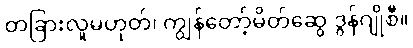
တခြားလူမဟုတ်၊ ကျွန်တော့်မိတ်ဆွေ ဒွန်ဂျိုစီ။